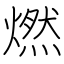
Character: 燃